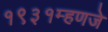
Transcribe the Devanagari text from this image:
१९३१म्हणजे